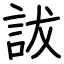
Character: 詙